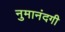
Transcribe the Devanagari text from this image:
नुमानंदगी